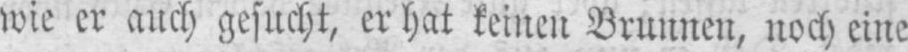
wie er auch gesucht, er hat keinen Brunnen, noch eine